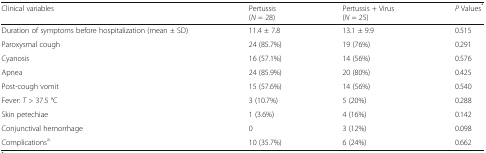
<table><thead><tr><td><b>Clinical variables</b></td><td><b>Pertussis(<i>N</i> = 28)</b></td><td><b>Pertussis + Virus(<i>N</i> = 25)</b></td><td><b><i>P</i> Values<sup>*</sup></b></td></tr></thead><tbody><tr><td>Duration of symptoms before hospitalization (mean ± SD)</td><td>11.4 ± 7.8</td><td>13.1 ± 9.9</td><td>0.515</td></tr><tr><td>Paroxysmal cough</td><td>24 (85.7%)</td><td>19 (76%)</td><td>0.291</td></tr><tr><td>Cyanosis</td><td>16 (57.1%)</td><td>14 (56%)</td><td>0.576</td></tr><tr><td>Apnea</td><td>24 (85.9%)</td><td>20 (80%)</td><td>0.425</td></tr><tr><td>Post-cough vomit</td><td>15 (57.6%)</td><td>14 (56%)</td><td>0.540</td></tr><tr><td>Fever: <i>T</i> &gt; 37.5 °C</td><td>3 (10.7%)</td><td>5 (20%)</td><td>0.288</td></tr><tr><td>Skin petechiae</td><td>1 (3.6%)</td><td>4 (16%)</td><td>0.142</td></tr><tr><td>Conjunctival hemorrhage</td><td>0</td><td>3 (12%)</td><td>0.098</td></tr><tr><td>Complications<sup>a</sup></td><td>10 (35.7%)</td><td>6 (24%)</td><td>0.662</td></tr></tbody></table>